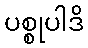
ပစ္စုပါဒိ